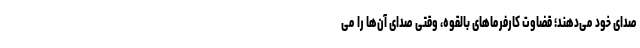
صدای خود می‌دهند؛ قضاوت کارفرماهای بالقوه، وقتی صدای آن‌ها را می‌